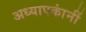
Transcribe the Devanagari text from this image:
अध्यापकांनीं